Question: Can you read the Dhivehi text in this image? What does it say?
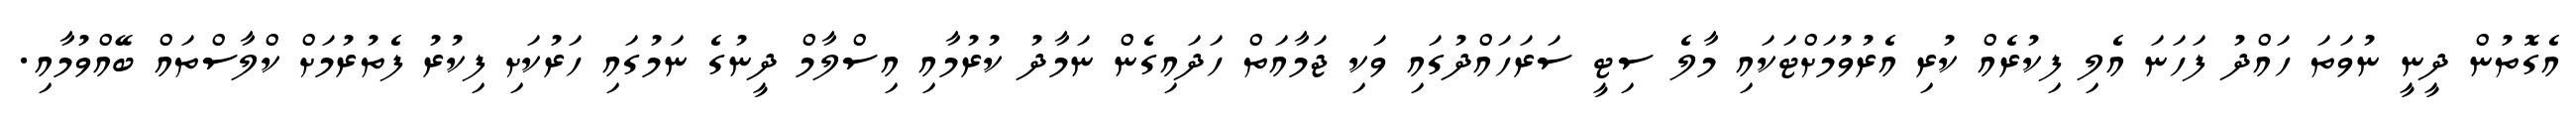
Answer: އެގޮތުން ދީނީ ނުވަތަ ހައްދު ފަހަނަ އެލި ފިކުރެއް ކުރި އެރުވުމަށްޓަކައި މާލެ ސިޓީ ސަރަހައްދުގައި ވަކި ޖަމާއަތް ހަދައިގެން ނަމާދު ކުރުމާއި އިސްލާމް ދީނުގެ ނަމުގައި ހަރުކަށި ފިކުރު ފެތުރުމަށް ކްލާސްތައް ބޭއްވުމާއި.